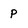
Character: P